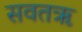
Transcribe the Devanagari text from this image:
सवतॠ